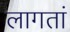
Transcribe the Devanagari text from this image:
लागतां